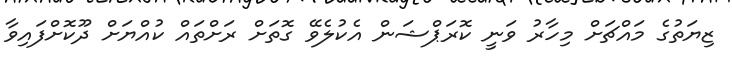
ޒިޔަތުގެ މައްޗަށް މިހާރު ވަނީ ކޮރަޕްޝަން އެކުލެވޭ ގޮތަށް ރަށްތައް ކުއްޔަށް ދޫކޮށްފައިވާ